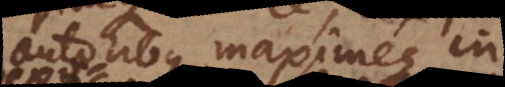
autoribus, maximeque in